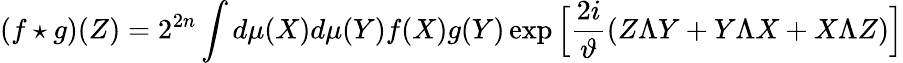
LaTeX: (f\star g)(Z)=2^{2n}\int d\mu(X)d\mu(Y)f(X)g(Y)\exp\Big[\frac{2i}{\vartheta}(Z\Lambda Y+Y\Lambda X+X\Lambda Z)\Big]